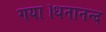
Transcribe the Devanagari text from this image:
गया।धनानन्द